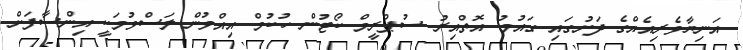
އަނިޔާވެރިއެއްގެ ދަށުގައި ގައުމު އޮތްއިރު ސުޕްރީމް ކޯޓުން ހުކުމް އިއްވުން ލަސްވުމަކީ އިންސާފަށް